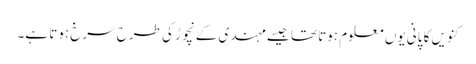
کنویں کا پانی یوں معلوم ہوتا تھا جیسے مہندی کے نچوڑ کی طرح سرخ ہوتا ہے۔